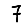
Digit: 7